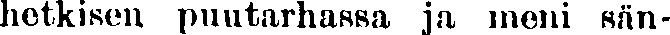
hetkisen puutarhassa ja meni sän-